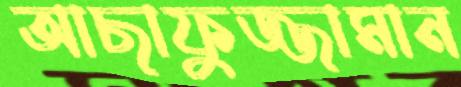
আছাফুজ্জামান